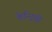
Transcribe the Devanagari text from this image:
केन्द्रियों